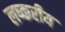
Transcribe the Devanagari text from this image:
लष्करीय